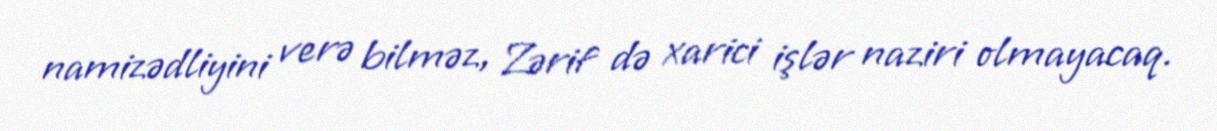
namizədliyini verə bilməz, Zərif də xarici işlər naziri olmayacaq.